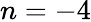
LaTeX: n=-4